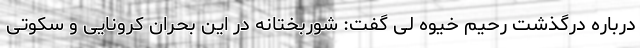
درباره درگذشت رحیم خیوه لی گفت: شوربختانه در این بحران کرونایی و سکوتی